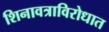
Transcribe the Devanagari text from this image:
शिनावत्राविरोधात